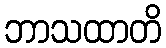
ဘာသထာတိ